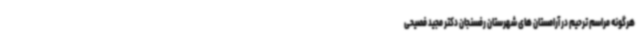
هرگونه مراسم ترحیم در آرامستان های شهرستان رفسنجان دکتر مجید فصیحی